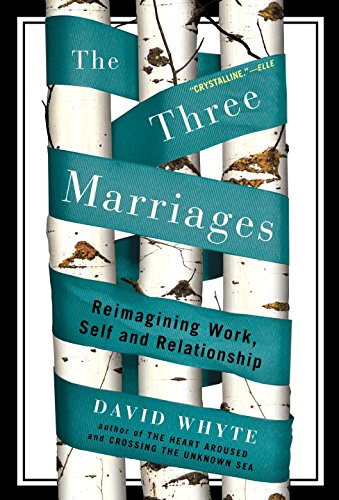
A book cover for The Three Marriages: Reimagining Work, Self and Relationship; David Whyte; Parenting & Relationships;